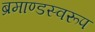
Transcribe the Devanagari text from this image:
ब्रमाण्डस्वरूप